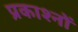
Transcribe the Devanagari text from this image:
प्रकाश्नों